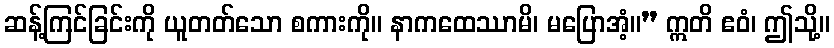
ဆန့်ကြင်ခြင်းကို ယူတတ်သော စကားကို။ နာကထေဿာမိ၊ မပြောအံ့။” ဣတိ ဧဝံ၊ ဤသို့။